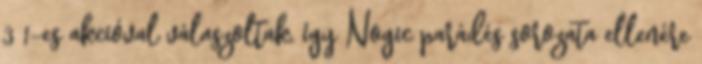
3 1-es akcióval válaszoltak, így Nogic parádés sorozata ellenére